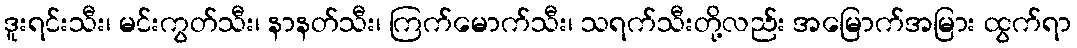
ဒူးရင်းသီး၊ မင်းကွတ်သီး၊ နာနတ်သီး၊ ကြက်မောက်သီး၊ သရက်သီးတို့လည်း အမြောက်အမြား ထွက်ရာ